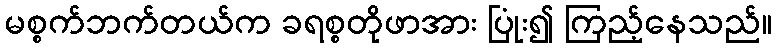
မစ္စက်ဘက်တယ်က ခရစ္စတိုဖာအား ပြုံး၍ ကြည့်နေသည်။